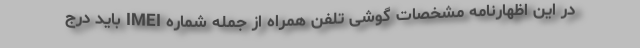
در این اظهارنامه مشخصات گوشی تلفن همراه از جمله شماره IMEI باید درج